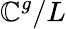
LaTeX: \mathbb{C}^{g}/L